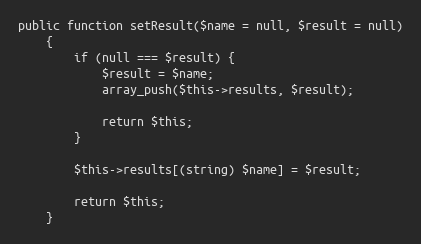
Language: PHP
public function setResult($name = null, $result = null)
    {
        if (null === $result) {
            $result = $name;
            array_push($this->results, $result);

            return $this;
        }

        $this->results[(string) $name] = $result;

        return $this;
    }